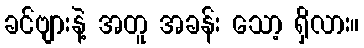
ခင်ဗျားနဲ့ အတူ အခန်း သော့ ရှိလား။